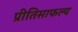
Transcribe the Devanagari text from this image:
प्रीतिसाफल्य